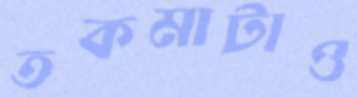
তকমাটাও